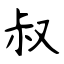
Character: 叔